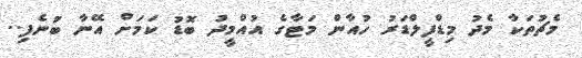
މެޗުތަކާ މެދު މިޑްފީލްޑަރު ހުއާން މަޓާގެ އުއްމީދު ބޮޑު ކަމަށް އޭނާ ބުނެފި..